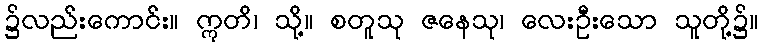
၌လည်းကောင်း။ ဣတိ၊ သို့။ စတူသု ဇနေသု၊ လေးဦးသော သူတို့၌။